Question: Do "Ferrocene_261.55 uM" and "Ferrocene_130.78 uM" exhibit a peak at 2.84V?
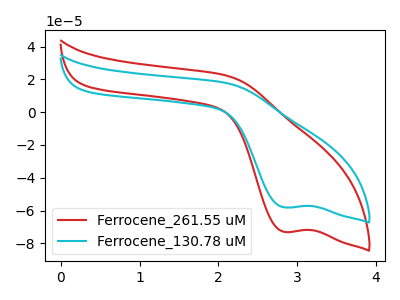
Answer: <think>The red curve "Ferrocene_261.55 uM" has a cathodic peak at: (2.85V, -73.05uA). The cyan curve "Ferrocene_130.78 uM" has a cathodic peak at: (2.85V, -58.15uA).</think>
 <answer>Yes, "Ferrocene_261.55 uM" and "Ferrocene_130.78 uM" share a peak at 2.84V.</answer>
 <eval>match</eval>